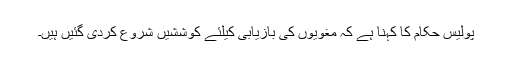
پولیس حکام کا کہنا ہے کہ مغویوں کی بازیابی کیلئے کوششیں شروع کردی گئیں ہیں۔